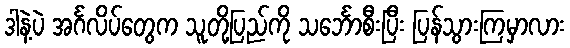
ဒါနဲ့ပဲ အင်္ဂလိပ်တွေက သူတို့ပြည်ကို သင်္ဘောစီးပြီး ပြန်သွားကြမှာလား